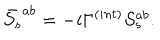
LaTeX: \bar { S _ { s } } ^ { a b } = - i \Gamma ^ { ( i n t ) } S _ { s } ^ { a b } .